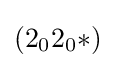
(2_{0}2_{0}{*})